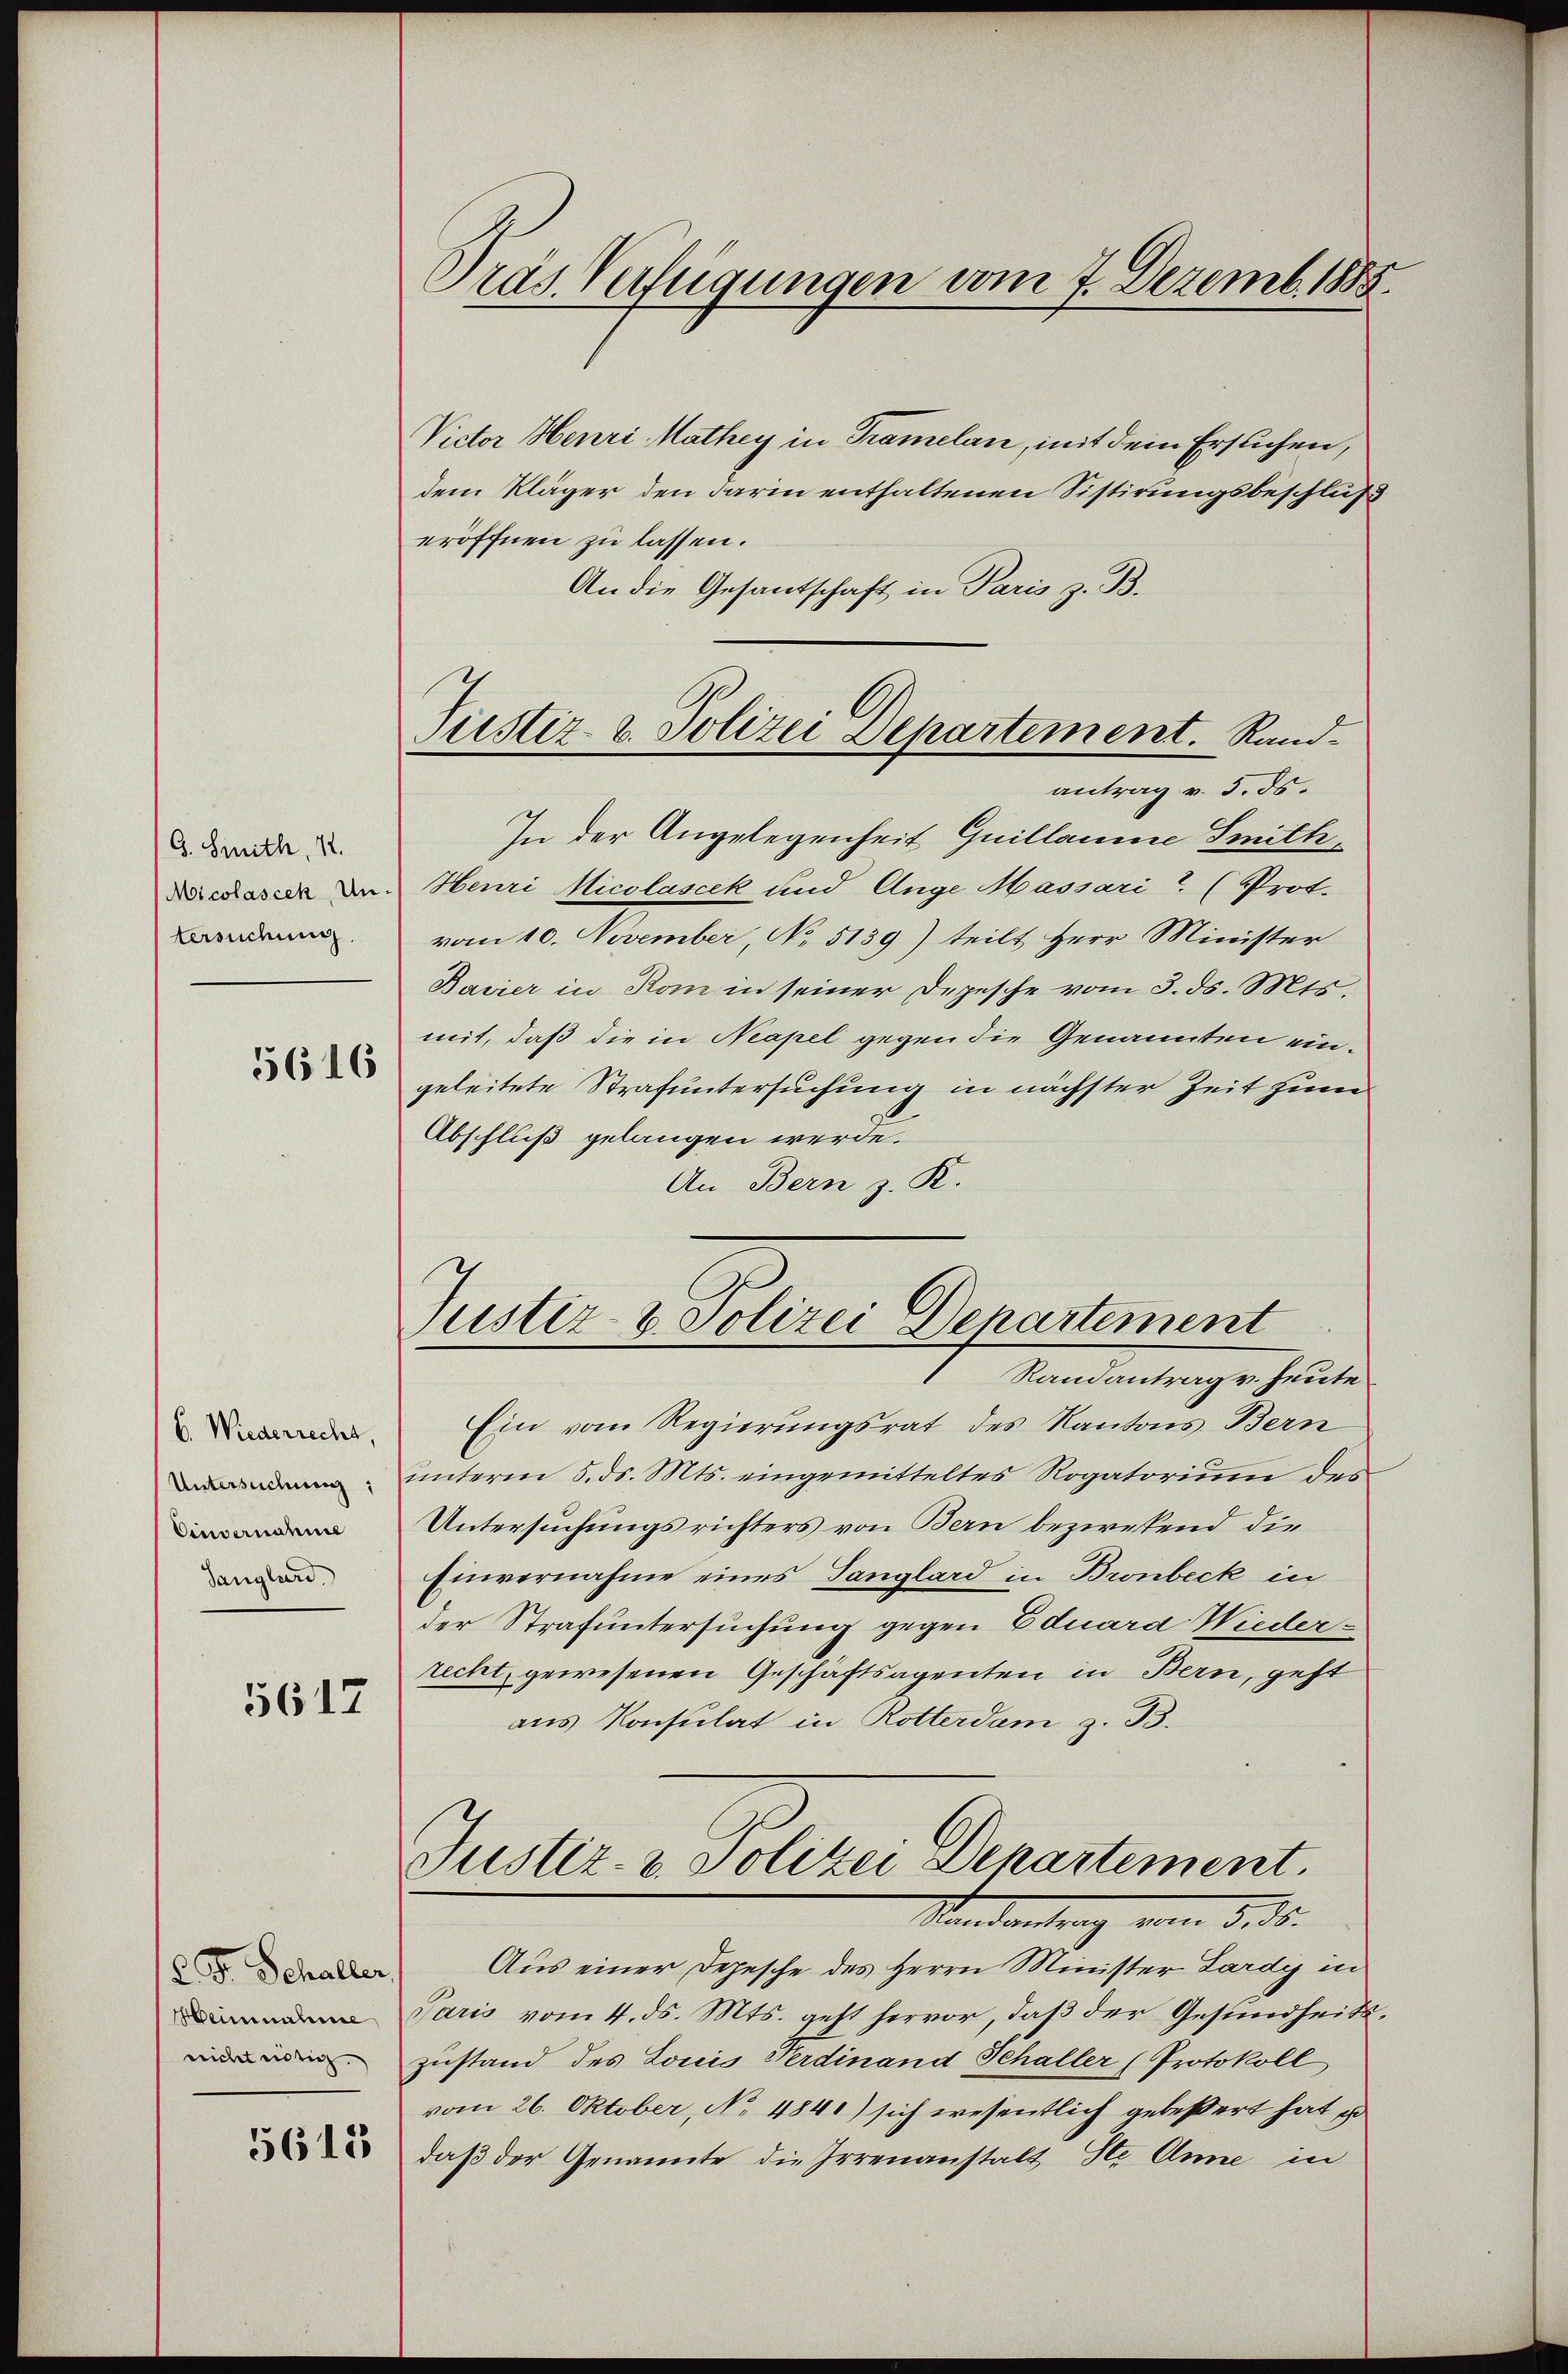
G. Smith, 11.
Micolascek, Untersuchung.

5616

6. Wiederrecht,
Untersuchung;
Einvernahme
Sanglurd

5612

2 Fr. Schaller,
Heinnahme
nicht nötig.

5615

Dräs. Verfügungen vom 7. Dezemb. 1885.

Victor Henri Mathey in Tramelan, mit dem Ersuchen,
dem Kläger den darin enthaltenen Sistirungsbeschluß
eröffnen zu lassen.
An die Gesantschaft in Paris z. B.
In der Angelegenheit Guillaume Smith¬
Heuri Micolascek und Auge Massari? (Prot.
vom 10. November, No 5139) teilt Herr Minister
Bavier in Rom in seiner Depesche vom 3. ds. Mts.
mit, daß die in Neapel gegen die Genannten eingeleitete Strafuntersuchung in nächster Zeit zum
Abschluß gelangen werde.
An Bern z. R.

Justiz- & Polizei Departement. Rand-
antrag v. 5. ds.

Justiz- & Polizei Departement
Randantrag v. heute

Ein vom Regierungsrat des Kantons Bern
ŭnterm 5. ds. Mts. eingemitteltes Rogatoriŭm des
Untersuchungsrichters von Bern bezwekend die
Einvernahme eines Tanglard in Bronbeck in
der Strafuntersuchung gegen Eduard Wieder-
recht, gewesenen Geschäftsagenten in Bern, geht
aus Konsulat in Rotterdam z. B.
Justiz- & Polizei Departement.
Nandantrag vom 5. ds.
Aus einer Depesche des Herrn Minister Lardy in
Paris vom 4. ds. Mts. geht hervor, daß der Gesundheitszustand des Louis Ferdinand Schaller (Protokoll
vom 26. Oktober, No 4840) sich wesentlich gebeßert hat po
daß der Genannte die Irrenanstalt Ste Anne in